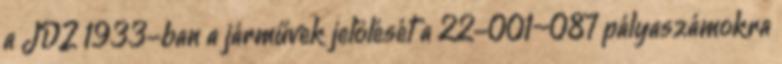
a JDŽ 1933-ban a járművek jelölését a 22-001–087 pályaszámokra